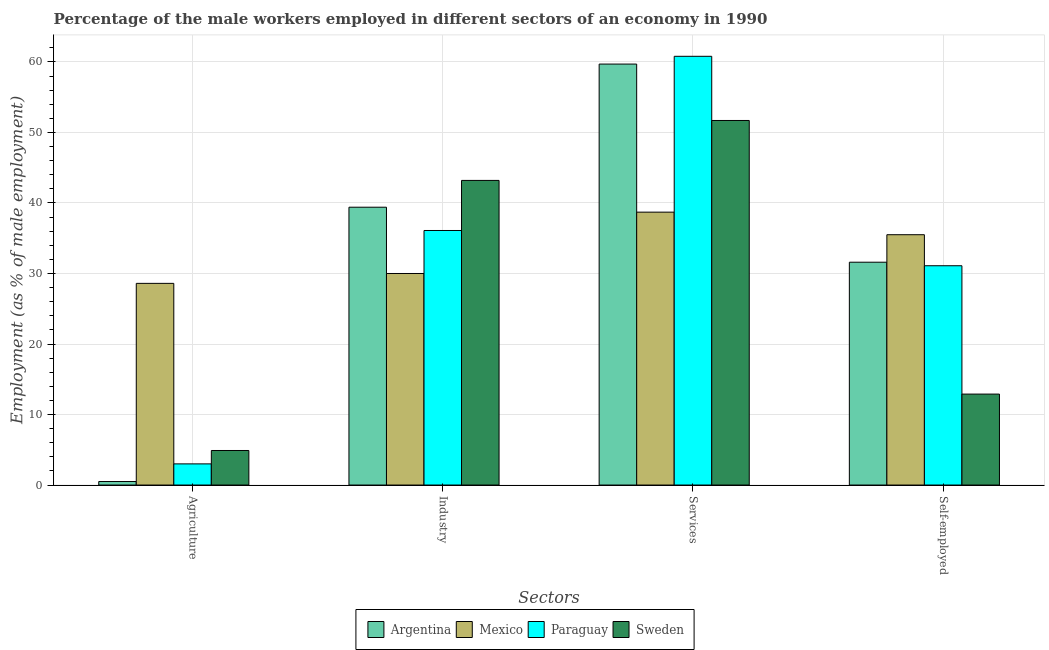
| Sectors | Argentina | Mexico | Paraguay | Sweden |
 | --- | --- | --- | --- | --- |
 | Agriculture | 0.5 | 28.6 | 3 | 4.9 |
 | Industry | 39.4 | 30 | 36.1 | 43.2 |
 | Services | 59.7 | 38.7 | 60.8 | 51.7 |
 | Self-employed | 31.6 | 35.5 | 31.1 | 12.9 |